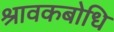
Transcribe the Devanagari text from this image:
श्रावकबोधि